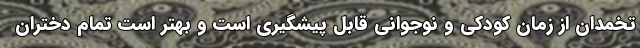
تخمدان از زمان کودکی و نوجوانی قابل پیشگیری است و بهتر است تمام دختران